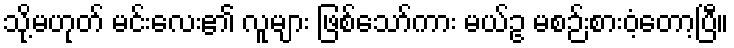
သို့မဟုတ် မင်းလေး၏ လူများ ဖြစ်သော်ကား မယ်ဥ မစဉ်းစားဝံ့တော့ပြီ။